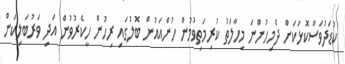
ކުޑަދުވަސްކޮޅަކަށް ދެމިހުންނަ މިހާލަތު ކުރިމަތިވުމުން ހުންއައުން ބޮލުގައި ރިހުން ހީކެރުވުން އަދި ވަރުބަލިކަން